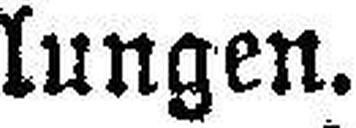
lungen.